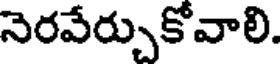
నెరవేర్చుకోవాలి.